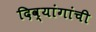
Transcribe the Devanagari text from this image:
दिव्यांगांची